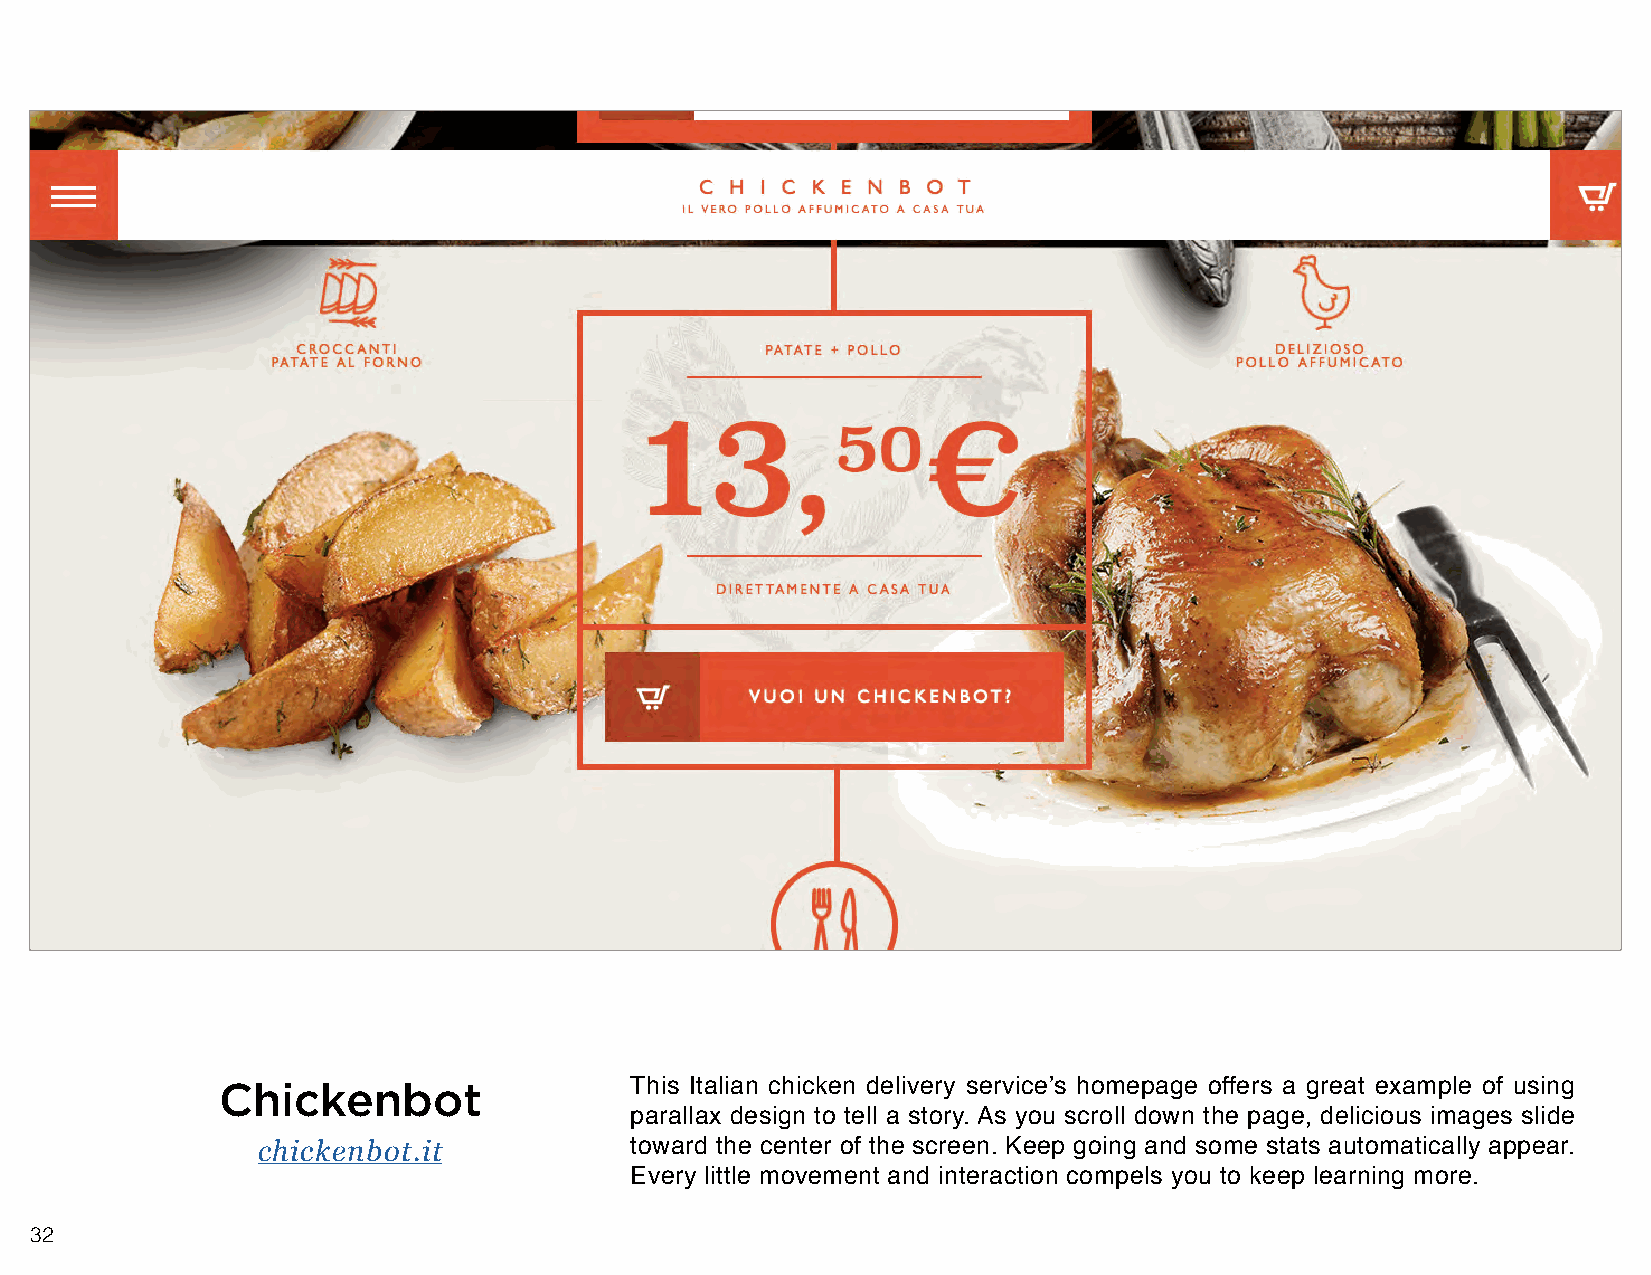
Chickenbot                  This Italian chicken delivery service’s homepage offers a great example of using
 parallax design to tell a story. As you scroll down the page, delicious images slide
 chickenbot.it            toward the center of the screen. Keep going and some stats automatically appear.
 Every little movement and interaction compels you to keep learning more.
 32